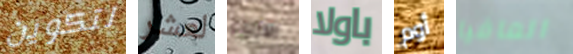
لتكوين لعشر الازياء باولا أوم المافيا